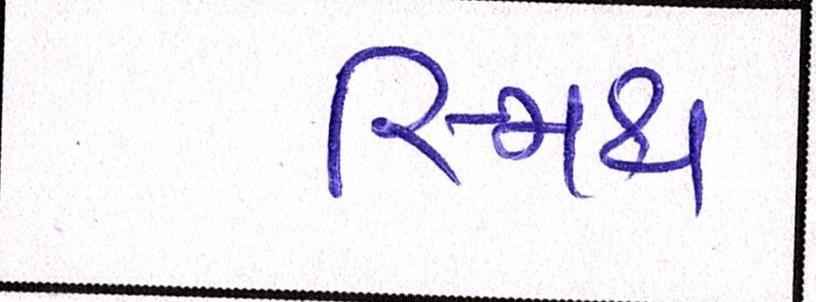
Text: સ્મિથ